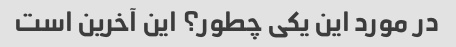
در مورد این یکی چطور؟ این آخرین است